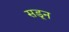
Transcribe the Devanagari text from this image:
सडून